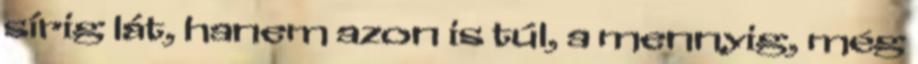
sírig lát, hanem azon is túl, a mennyig, még